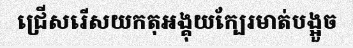
ជ្រើសរើសយកតុអង្គុយក្បែរមាត់បង្អួច